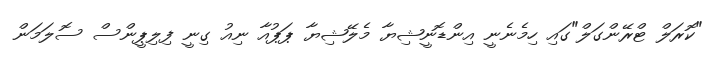
"ކޮރަލް ޓްރޭންގަލް"ގައި ހިމެނެނީ އިންޑޮނީޝިޔާ މެލޭޝިޔާ ޕަޕުއާ ނިއު ގިނީ ފިލިޕީންސް ސޮލަމަން